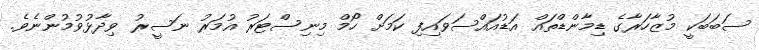
ސަބަބަކީ މުޒާހަރާގެ ޑިމާންޑްތައް އަޑުއައްސަވައިފި ކަމަށް ހޯމް މިނިސްޓަރު އުމަރު ނަސީރު ވިދާޅުވުމުންނެވެ.